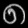
Digit: ၈